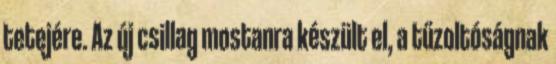
tetejére. Az új csillag mostanra készült el, a tűzoltóságnak